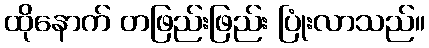
ထိုနောက် တဖြည်းဖြည်း ပြုံးလာသည်။